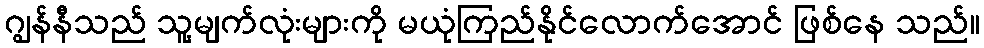
ဂျွန်နီသည် သူ့မျက်လုံးများကို မယုံကြည်နိုင်လောက်အောင် ဖြစ်နေ သည်။